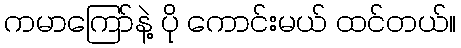
ကမာကြော်နဲ့ ပို ကောင်းမယ် ထင်တယ်။